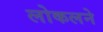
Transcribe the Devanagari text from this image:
लोकलने